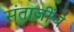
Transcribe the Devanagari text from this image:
संताजींचे